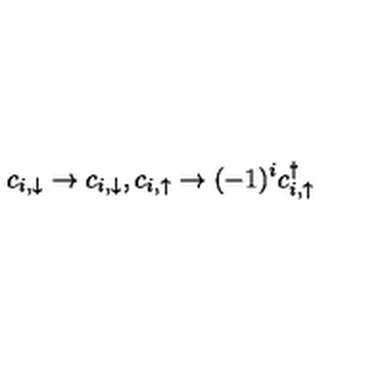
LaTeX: c _ { i , \downarrow } \rightarrow c _ { i , \downarrow } , c _ { i , \uparrow } \rightarrow ( - 1 ) ^ { i } c _ { i , \uparrow } ^ { \dagger }